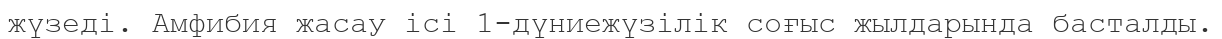
жүзеді. Амфибия жасау ісі 1-дүниежүзілік соғыс жылдарында басталды.